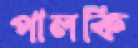
পালকি